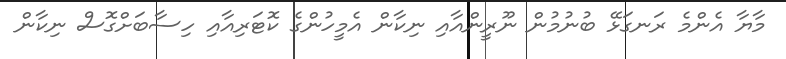
މާޔާ އެންމެ ރަނގަޅޭ ބުނުމުން ނޫރީންއާއި ނިކާން އެމީހުންގެ ކޮޓަރިއާއި ހިސާބަށްގޮސް ނިކާން